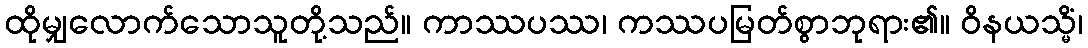
ထိုမျှလောက်သောသူတို့သည်။ ကာဿပဿ၊ ကဿပမြတ်စွာဘုရား၏။ ဝိနယသ္မိံ၊